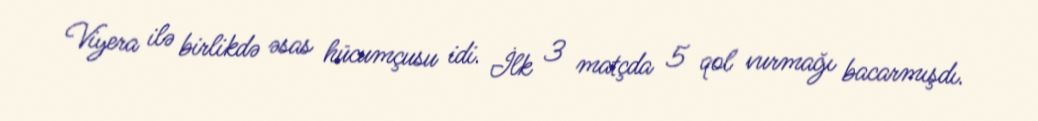
Viyera ilə birlikdə əsas hücumçusu idi. İlk 3 matçda 5 qol vurmağı bacarmışdı.